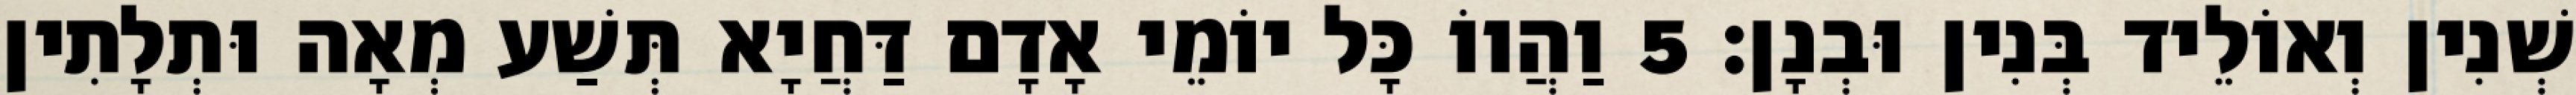
שְׁנִין וְאוֹלֵיד בְּנִין וּבְנָן׃ 5 וַהֲווֹ כָּל יוֹמֵי אָדָם דַּחֲיָא תְּשַׁע מְאָה וּתְלָתִין